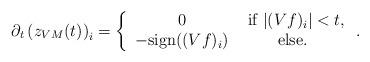
LaTeX: \begin{align*}\partial_t \left(z_{VM}(t)\right)_i = \left \{ \begin{array}{cc} 0 & \textnormal{ if } |(Vf)_i|<t, \\ -\textnormal{sign}((Vf)_i)& \textnormal{ else. } \end{array} \right. .\end{align*}